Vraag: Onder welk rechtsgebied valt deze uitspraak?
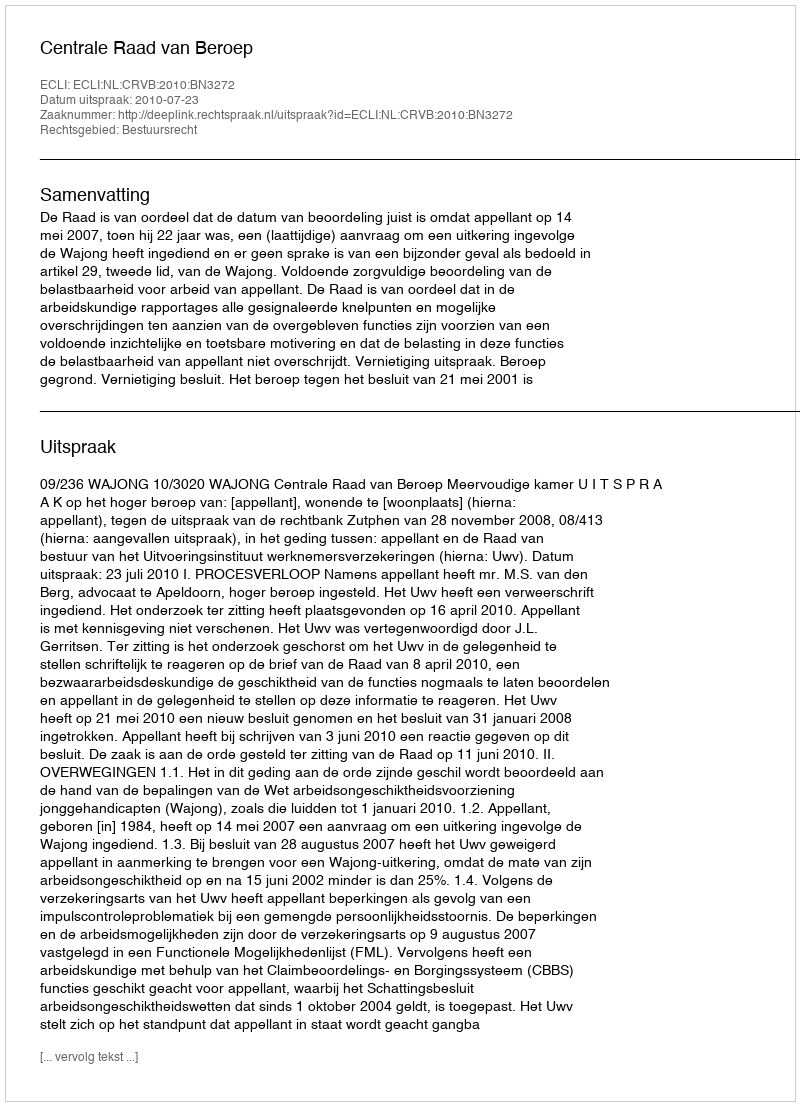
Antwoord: Bestuursrecht